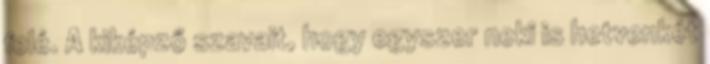
felé. A kiképző szavait, hogy egyszer neki is hetvenkét